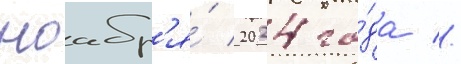
ноабр'я́ 2024 го́да //